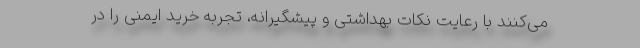
می‌کنند با رعایت نکات بهداشتی و پیشگیرانه، تجربه خرید ایمنی را در